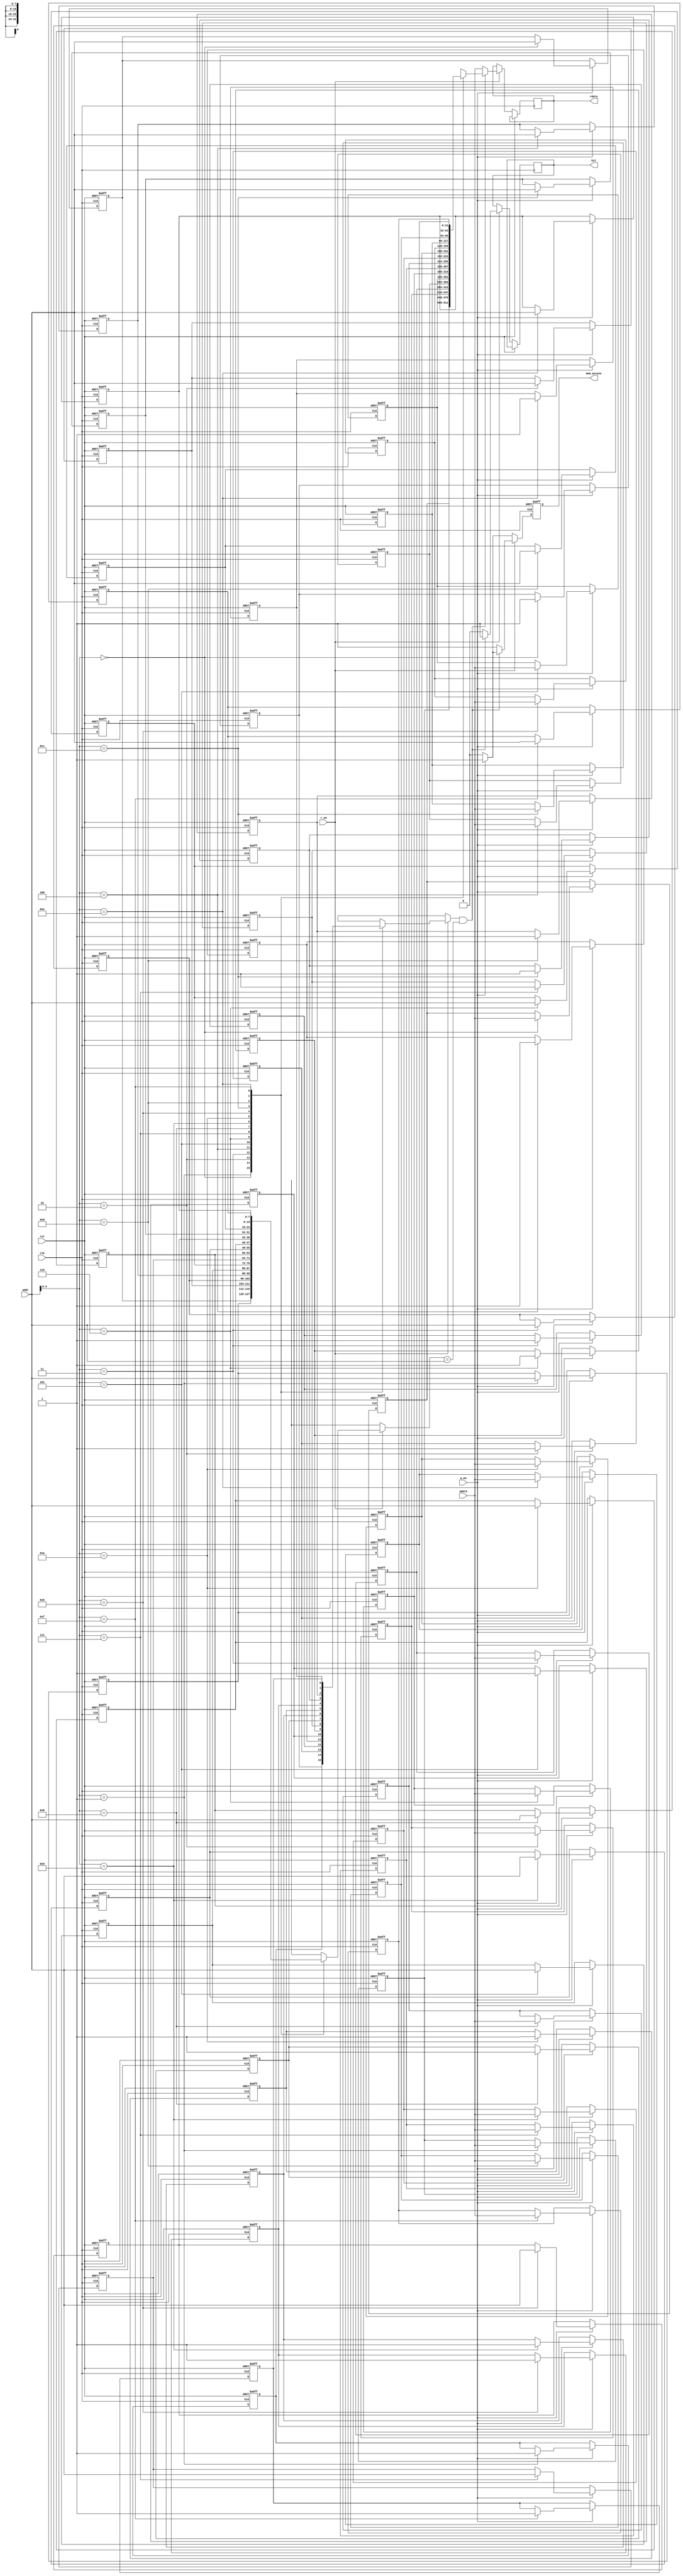
module write_through_cache #(
    parameter CACHE_SIZE = 16, // Number of cache lines
    parameter DATA_WIDTH = 32,  // Width of data
    parameter ADDR_WIDTH = 8    // Width of address
)(
    input wire clk,
    input wire rst,
    input wire [ADDR_WIDTH-1:0] addr,
    input wire [DATA_WIDTH-1:0] wdata,
    input wire r_en,
    input wire w_en,
    output reg [DATA_WIDTH-1:0] rdata,
    output reg hit,
    output reg mem_access
);

    // Cache storage and tag storage
    reg [DATA_WIDTH-1:0] cache_data [0:CACHE_SIZE-1];
    reg [ADDR_WIDTH-1:0] cache_tag [0:CACHE_SIZE-1];
    reg valid [0:CACHE_SIZE-1];

    // Calculate index and tag from address
    wire [ADDR_WIDTH-1:0] index = addr[ADDR_WIDTH-1:0]; // Assuming direct mapping
    wire [ADDR_WIDTH-1:0] tag = addr[ADDR_WIDTH-1:0];   // Assuming full address as tag for simplicity

    // Reset logic
    integer i;
    always @(posedge clk or posedge rst) begin
        if (rst) begin
            for (i = 0; i < CACHE_SIZE; i = i + 1) begin
                valid[i] <= 1'b0;
                cache_data[i] <= {DATA_WIDTH{1'b0}};
                cache_tag[i] <= {ADDR_WIDTH{1'b0}};
            end
            mem_access <= 1'b0;
        end else begin
            mem_access <= 1'b0;

            // Write operation
            if (w_en) begin
                cache_data[index] <= wdata; // Write to cache
                cache_tag[index] <= tag;     // Update tag
                valid[index] <= 1'b1;        // Mark as valid
                mem_access <= 1'b1;          // Memory access occurs
            end

            // Read operation
            if (r_en) begin
                if (valid[index] && (cache_tag[index] == tag)) begin
                    // Cache hit
                    rdata <= cache_data[index];
                    hit <= 1'b1;
                end else begin
                    // Cache miss
                    rdata <= wdata; // For simplicity, returning wdata; replace with memory access logic
                    hit <= 1'b0;
                    mem_access <= 1'b1; // Memory access occurs
                end
            end
        end
    end

endmodule